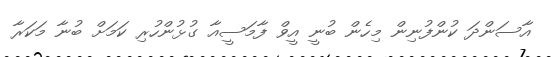
އާސަންދަ ކުންފުނިން މިހެން ބުނީ އީވް ފާމަސީއާ ގުޅުންހުރި ކަމަށް ބުނާ މަކަރާ